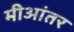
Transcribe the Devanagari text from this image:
मीआंतर